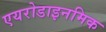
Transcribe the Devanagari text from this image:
एयरोडाइनमिक